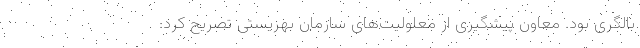
بالگری بود. معاون پیشگیری از معلولیت‌های سازمان بهزیستی تصریح کرد: